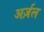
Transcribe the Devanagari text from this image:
अर्ज़ल